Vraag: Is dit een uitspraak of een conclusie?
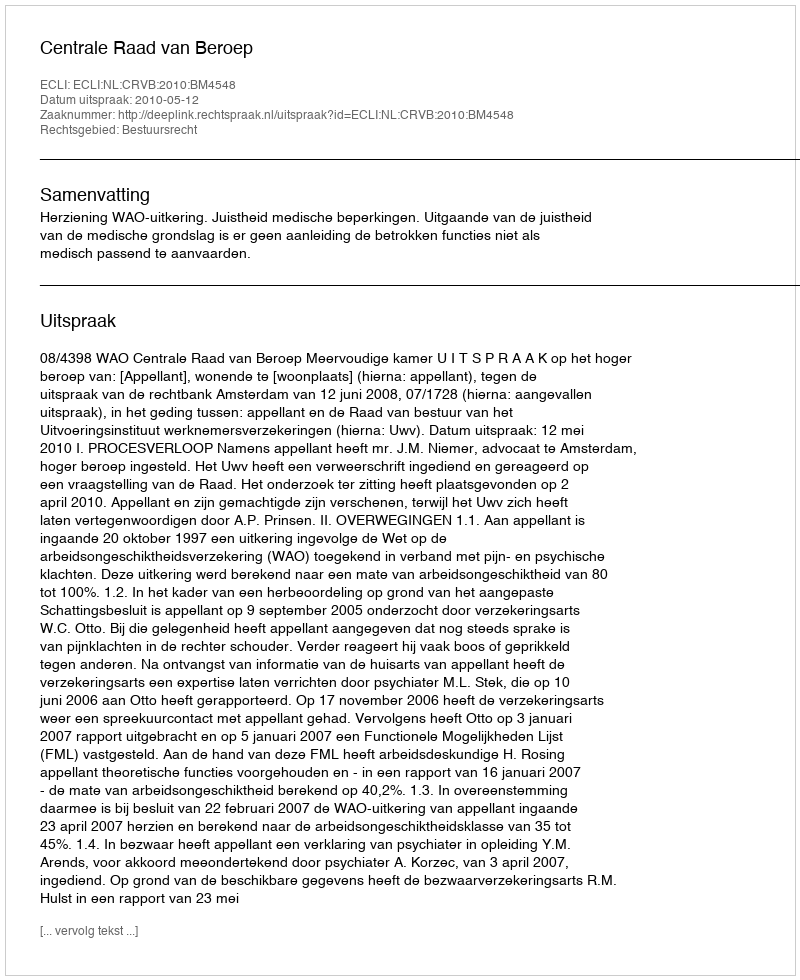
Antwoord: Uitspraak